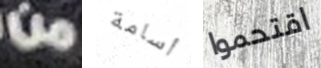
من أسامة اقتحموا